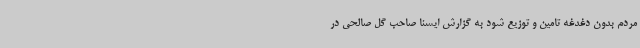
مردم بدون دغدغه تامین و توزیع شود به گزارش ایسنا صاحب گل صالحی در